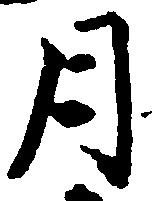
月